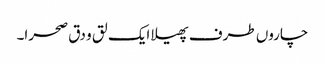
چاروں طرف پھیلا ایک لق و دق صحرا۔